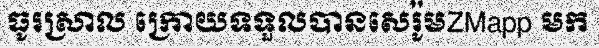
ធូរស្រាល ក្រោយទទួលបានសេរ៉ូមZMapp មក